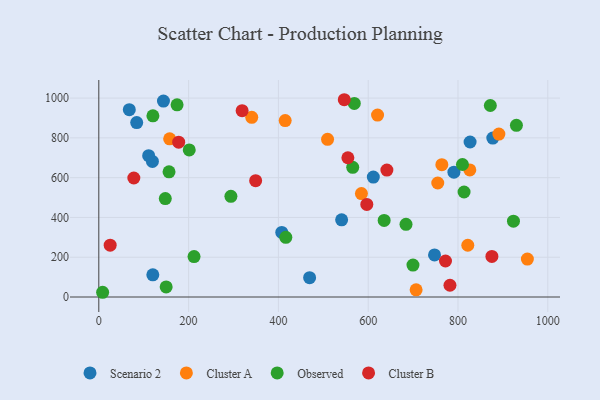
{"axis": {"x": "Study Hours", "y": "Exam Score"}, "legend": ["Cluster A", "Cluster B", "Observed", "Scenario 2"], "data": [{"x": "540.8", "y": 387.9, "type": "Scenario 2"}, {"x": "469.5", "y": 97.2, "type": "Scenario 2"}, {"x": "119.4", "y": 681.5, "type": "Scenario 2"}, {"x": "877.5", "y": 799.1, "type": "Scenario 2"}, {"x": "747.7", "y": 211.7, "type": "Scenario 2"}, {"x": "611.4", "y": 602.8, "type": "Scenario 2"}, {"x": "67.9", "y": 941.9, "type": "Scenario 2"}, {"x": "84.4", "y": 876.8, "type": "Scenario 2"}, {"x": "407.5", "y": 324.5, "type": "Scenario 2"}, {"x": "144.0", "y": 985.2, "type": "Scenario 2"}, {"x": "790.9", "y": 627.8, "type": "Scenario 2"}, {"x": "111.0", "y": 710.6, "type": "Scenario 2"}, {"x": "826.9", "y": 779.3, "type": "Scenario 2"}, {"x": "120.3", "y": 111.3, "type": "Scenario 2"}, {"x": "584.9", "y": 520.0, "type": "Cluster A"}, {"x": "891.0", "y": 818.9, "type": "Cluster A"}, {"x": "157.8", "y": 795.3, "type": "Cluster A"}, {"x": "706.7", "y": 36.1, "type": "Cluster A"}, {"x": "340.6", "y": 903.4, "type": "Cluster A"}, {"x": "620.8", "y": 914.5, "type": "Cluster A"}, {"x": "415.1", "y": 887.0, "type": "Cluster A"}, {"x": "509.5", "y": 792.6, "type": "Cluster A"}, {"x": "821.8", "y": 260.3, "type": "Cluster A"}, {"x": "826.3", "y": 638.7, "type": "Cluster A"}, {"x": "764.0", "y": 665.4, "type": "Cluster A"}, {"x": "754.9", "y": 573.2, "type": "Cluster A"}, {"x": "954.5", "y": 190.7, "type": "Cluster A"}, {"x": "565.5", "y": 652.2, "type": "Observed"}, {"x": "156.4", "y": 629.2, "type": "Observed"}, {"x": "8.5", "y": 23.8, "type": "Observed"}, {"x": "416.5", "y": 300.2, "type": "Observed"}, {"x": "872.0", "y": 962.7, "type": "Observed"}, {"x": "569.0", "y": 973.2, "type": "Observed"}, {"x": "150.0", "y": 50.5, "type": "Observed"}, {"x": "635.5", "y": 385.1, "type": "Observed"}, {"x": "930.1", "y": 863.0, "type": "Observed"}, {"x": "174.3", "y": 966.0, "type": "Observed"}, {"x": "212.1", "y": 203.4, "type": "Observed"}, {"x": "201.4", "y": 739.4, "type": "Observed"}, {"x": "684.2", "y": 365.4, "type": "Observed"}, {"x": "699.7", "y": 160.5, "type": "Observed"}, {"x": "120.5", "y": 910.7, "type": "Observed"}, {"x": "809.9", "y": 666.1, "type": "Observed"}, {"x": "813.5", "y": 527.8, "type": "Observed"}, {"x": "294.2", "y": 506.1, "type": "Observed"}, {"x": "148.1", "y": 494.7, "type": "Observed"}, {"x": "923.5", "y": 381.4, "type": "Observed"}, {"x": "782.1", "y": 59.1, "type": "Cluster B"}, {"x": "78.0", "y": 598.2, "type": "Cluster B"}, {"x": "554.7", "y": 700.0, "type": "Cluster B"}, {"x": "641.6", "y": 638.2, "type": "Cluster B"}, {"x": "772.1", "y": 181.1, "type": "Cluster B"}, {"x": "875.5", "y": 204.1, "type": "Cluster B"}, {"x": "177.9", "y": 778.4, "type": "Cluster B"}, {"x": "319.2", "y": 936.8, "type": "Cluster B"}, {"x": "349.3", "y": 584.8, "type": "Cluster B"}, {"x": "596.9", "y": 465.5, "type": "Cluster B"}, {"x": "546.7", "y": 991.8, "type": "Cluster B"}, {"x": "25.3", "y": 260.8, "type": "Cluster B"}]}